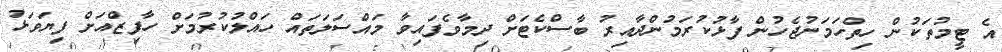
އެ ޓީމުތަކުން ހިތްހަމަނުޖެހުން ފާޅުކުރަމުންދާއިރު ބާސްކެޓަށް ދިމާވެފައިވާ މައްސަލަތައް ހައްލުކުރުމަށް ހާފިޒްއަށް ފިޔަވަޅު